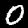
Label: 0